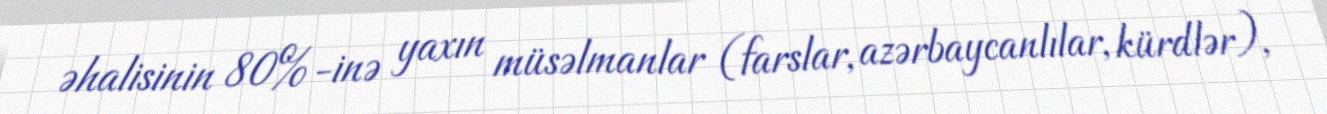
əhalisinin 80%-inə yaxın müsəlmanlar (farslar, azərbaycanlılar, kürdlər),